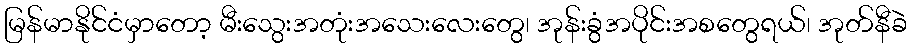
မြန်မာနိုင်ငံမှာတော့ မီးသွေးအတုံးအသေးလေးတွေ၊ အုန်းခွံအပိုင်းအစတွေရယ်၊ အုတ်နီခဲ